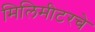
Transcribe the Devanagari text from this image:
मिलिमीटरचे